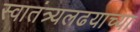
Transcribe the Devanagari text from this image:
स्वातंत्र्यलढयाच्या